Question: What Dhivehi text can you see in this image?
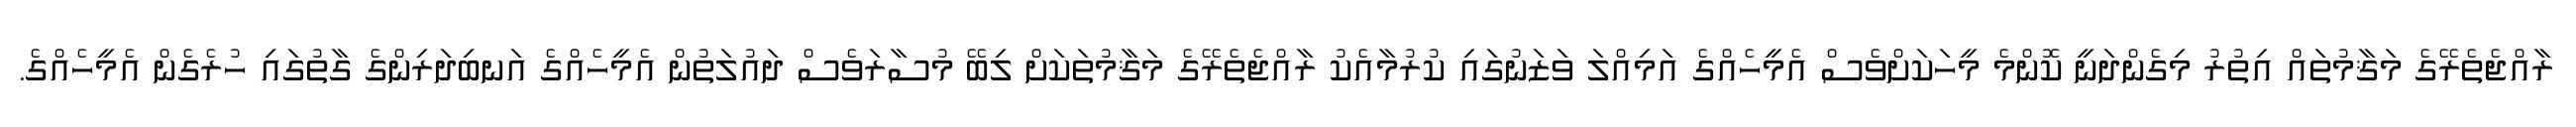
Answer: ރާއްޖެތެރޭގެ މަޤާމުތައް އިތުރު މިގެންދަނީ ކޮންމެ މީހަކަށްވެސް އެމީހެއްގެ އަމިއްލަ ވަޒަނުގައި ކުރުމާއެކު ރާއްޖެތެރޭގެ މަޤާމުތަކަށް ލިބޭ މުސާރަވެސް ދައުލަތުން އެމީހެއްގެ އަނބިދަރިންގެ ގާތުގައި ހުރެގެން އެމީހެއްގެ.